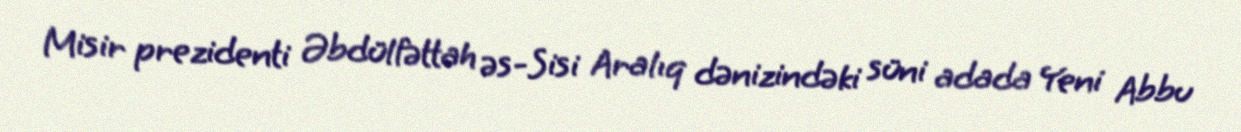
Misir prezidenti Əbdülfəttah əs-Sisi Aralıq dənizindəki süni adada Yeni Abbu